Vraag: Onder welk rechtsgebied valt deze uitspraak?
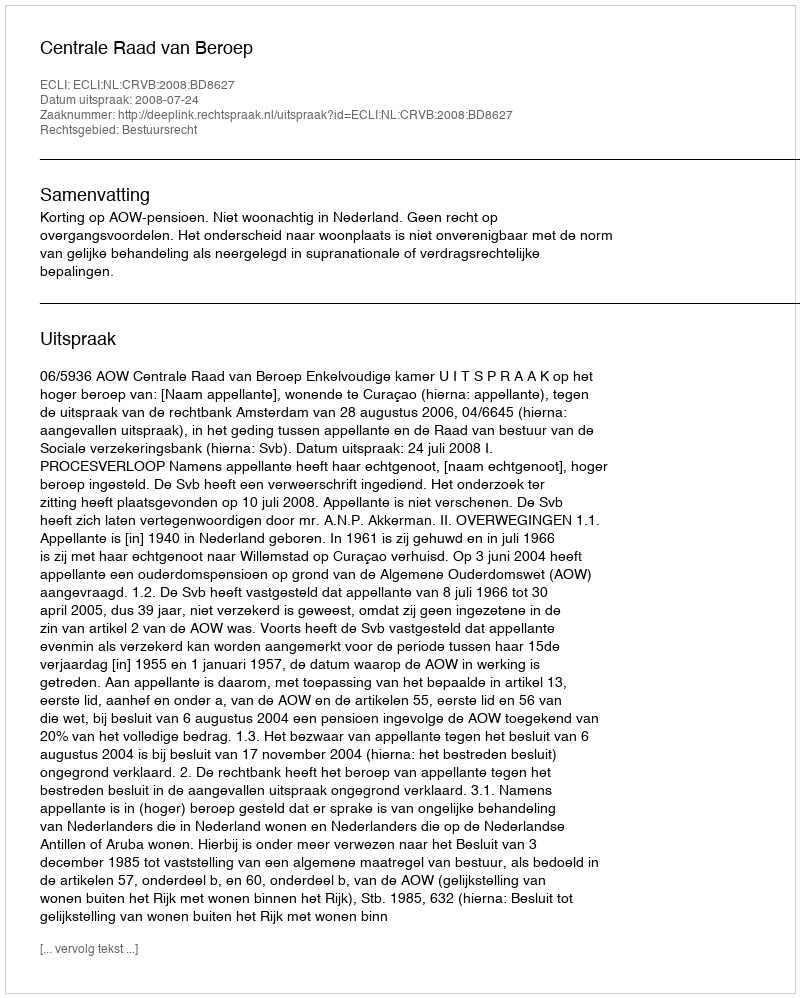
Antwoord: Bestuursrecht